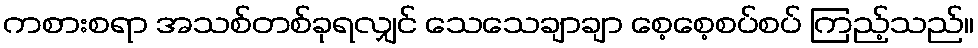
ကစားစရာ အသစ်တစ်ခုရလျှင် သေသေချာချာ စေ့စေ့စပ်စပ် ကြည့်သည်။